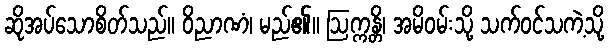
ဆိုအပ်သောစိတ်သည်။ ဝိညာဏံ၊ မည်၏။ ဩက္ကန္တိ၊ အမိဝမ်းသို့ သက်ဝင်သကဲ့သို့